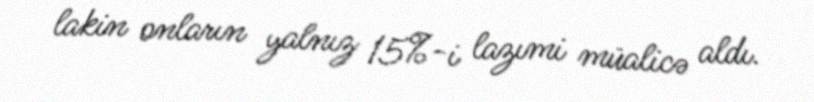
lakin onların yalnız 15%-i lazımi müalicə aldı.